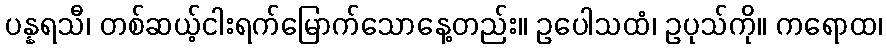
ပန္နရသီ၊ တစ်ဆယ့်ငါးရက်မြောက်သောနေ့တည်း။ ဥပေါသထံ၊ ဥပုသ်ကို။ ကရောထ၊